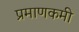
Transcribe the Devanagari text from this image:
प्रमाणकमी